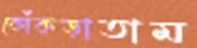
কোঁকড়াতাম